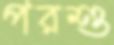
পরশু